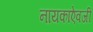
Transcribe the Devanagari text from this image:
नायकाऐवजी